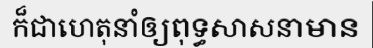
ក៏ជាហេតុនាំឲ្យពុទ្ធសាសនាមាន